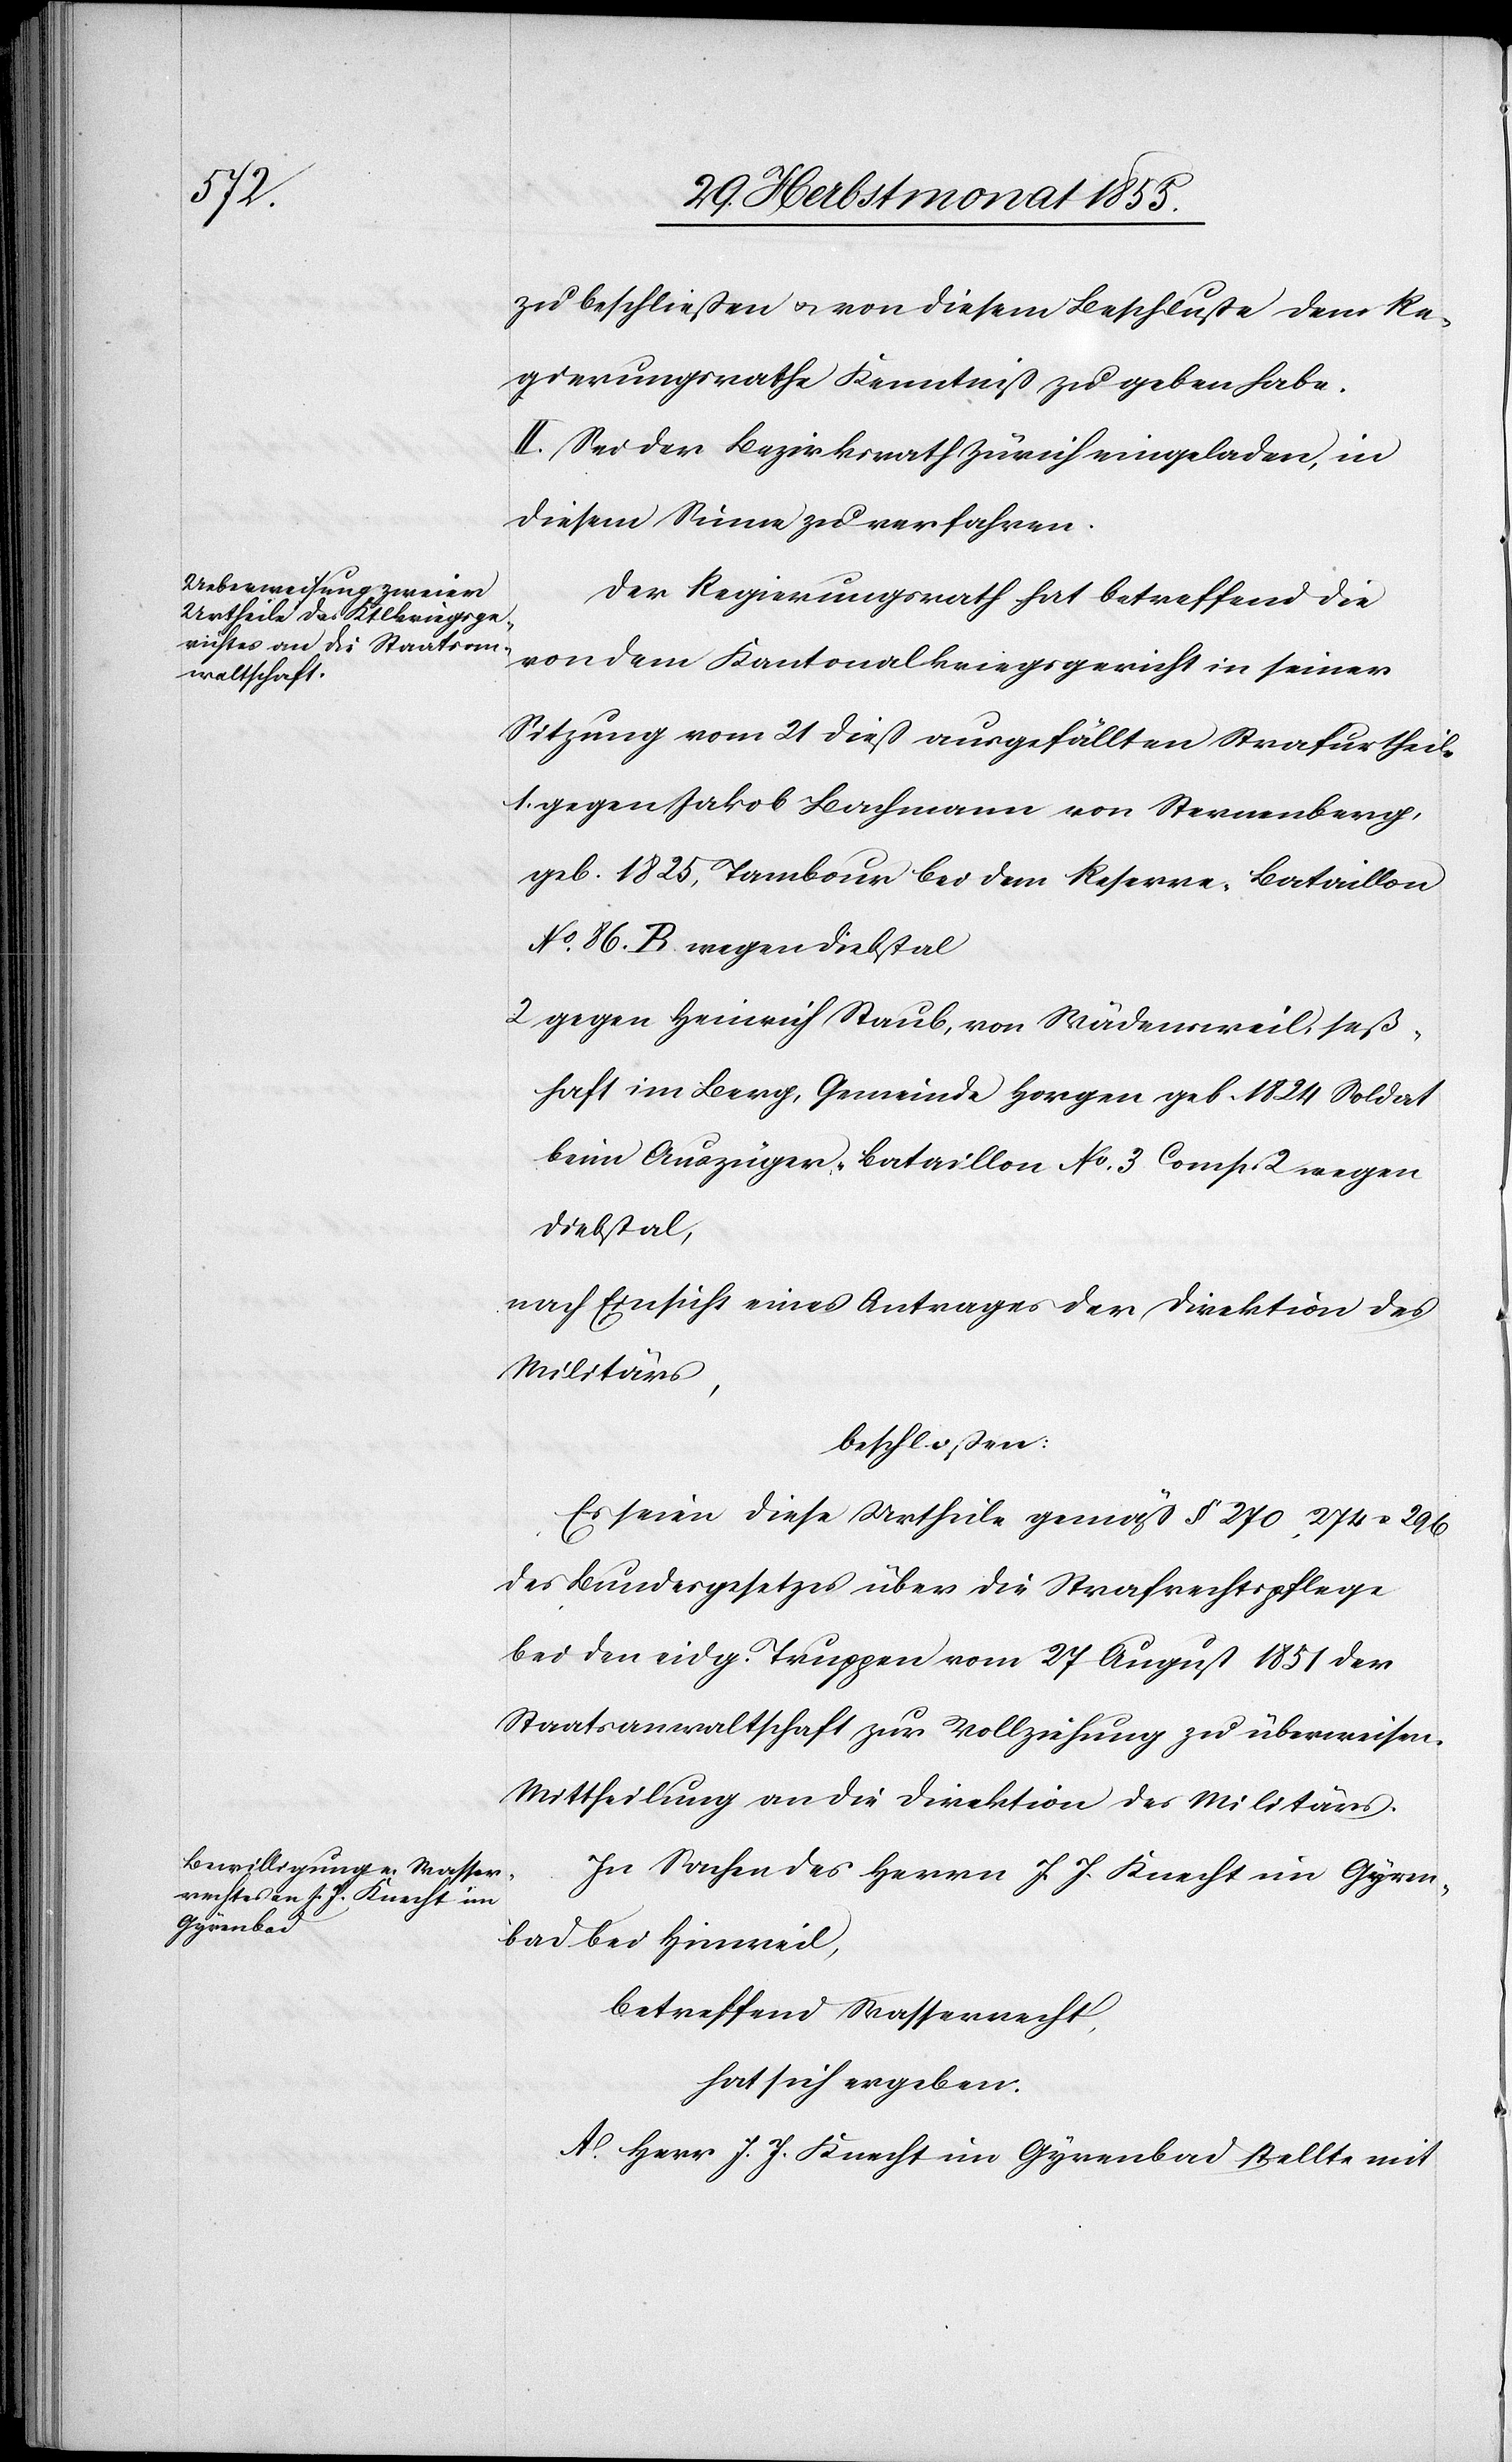
zu beschließen & von diesem Beschluße dem Re¬
gierungsrathe Kenntniß zu geben habe.
II. Sei der Bezirksrath Zürich eingeladen, in
diesem Sinne zu verfahren.
Der Regierungsrath hat betreffend die
von dem Kantonalkriegsgericht in seiner
Sitzung vom 21 dieß ausgefällten Strafurtheile
gegen Jakob Bachmann von Sternenberg,
geb. 1825, Tambour bei dem Reserve-Bataillon
No. 86. B. wegen Diebstal
gegen Heinrich Staub, von Wädensweil, seß¬
haft im Berg, Gemeinde Horgen geb. 1824 Soldat
beim Auszüger-Bataillon No. 3. Comp. 2 wegen
Diebstal,
nach Einsicht eines Antrages der Direktion des
Militärs,
beschloßen:
Es seien diese Urtheile gemäß § 270, 274 & 296
des Bundesgesetzes über die Strafrechtspflege
bei den eidg. Truppen vom 27 August 1851 der
Staatsanwaltschaft zur Vollziehung zu überweisen.
Mittheilung an die Direktion des Militärs.
In Sachen des Herrn J. J. Knecht im Gyren¬
bad bei Hinweil,
betreffend Wasserrecht,
hat sich ergeben:
A. Herr J. J. Knecht im Gyrenbad stellte mit